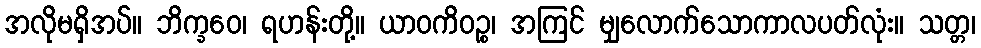
အလိုမရှိအပ်။ ဘိက္ခဝေ၊ ရဟန်းတို့။ ယာဝကိဝဉ္စ၊ အကြင် မျှလောက်သောကာလပတ်လုံး။ သတ္တ၊